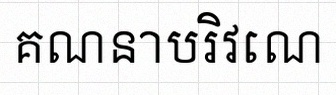
គណនាបរិវេណ